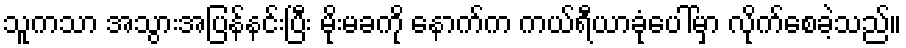
သူကသာ အသွားအပြန်နင်းပြီး မိုးမခကို နောက်က ကယ်ရီယာခုံပေါ်မှာ လိုက်စေခဲ့သည်။